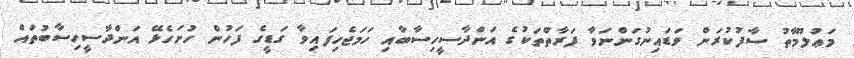
މަޢުލޫމާތު ސާފުކުރަން ވަޑައިނުގަންނަވާ ފަރާތްތަކުގެ އަންދާސީހިސާބާއި ހަމަޖެހިފައިވާ ގަޑީގެ ފަހުން ހުށަހެޅޭ އަންދާސީހިސާބުތައް